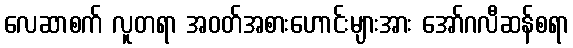
လေဆာစက် လူတရာ အဝတ်အစားဟောင်းများအား အော်ဂလီဆန်စရာ